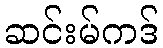
ဆင်းမ်ကဒ်